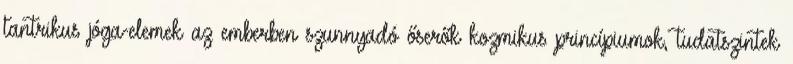
tantrikus jóga-elemek az emberben szunnyadó őserők kozmikus princípiumok, tudatszintek